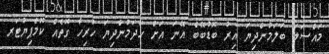
މައްސަލަ ބަލަމުންދިޔަ އިރު ބޮޑުބޭބެ އޭނަ އަށް ހަދަމުންދިޔަ ހުރިހާ ގޮތެއް ކޮމްޕިޔުޓަރ